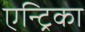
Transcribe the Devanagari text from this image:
एन्ट्रिका